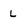
Character: L